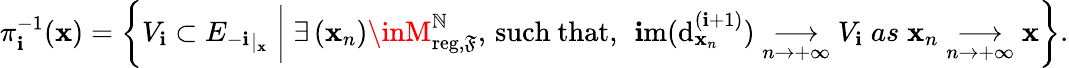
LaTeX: \pi_{\mathbf{i}}^{-1}(\mathbf{x})=\left\{ V_{\mathbf{i}}\subset{E_{-\mathbf{i}}}_{|_{\mathbf{x}}}\; \middle|\; \exists\, (\mathbf{x}_{n})\inM_{\mathrm{{reg}},\mathfrak{F}}^{\mathbb{{N}}},\, \mathrm{{such~that}},\, \; \mathrm{{\mathbf{i}m}}(\mathrm{{d}}_{\mathbf{x}_{n}}^{(\mathbf{i}+1)})\underset{n\to+\infty}{\longrightarrow}V_{\mathbf{i}}\; as\; \mathbf{x}_{n}\underset{n\to+\infty}{\longrightarrow}\mathbf{x}\right\} .